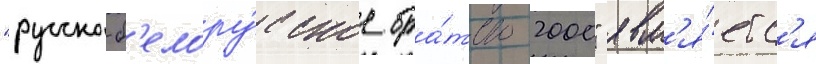
"русско-б'елору́сское бра́тство 2000" явл'я́етс'я